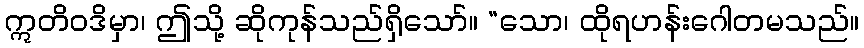
ဣတိဝဒိမှာ၊ ဤသို့ ဆိုကုန်သည်ရှိသော်။ “သော၊ ထိုရဟန်းဂေါတမသည်။